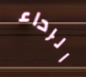
الرداء